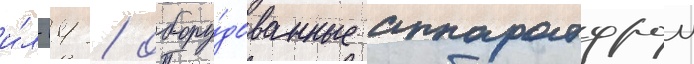
и́л-14 / обору́дованные аппаратурои